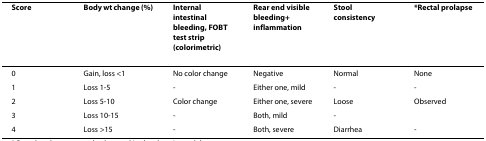
<table><thead><tr><td><b>Score</b></td><td><b>Body wt change (%)</b></td><td><b>Internal intestinal bleeding, FOBT test strip (colorimetric)</b></td><td><b>Rear end visible bleeding+ inflammation</b></td><td><b>Stool consistency</b></td><td><b>*Rectal prolapse</b></td></tr></thead><tbody><tr><td>0</td><td>Gain, loss &lt;1</td><td>No color change</td><td>Negative</td><td>Normal</td><td>None</td></tr><tr><td>1</td><td>Loss 1-5</td><td>-</td><td>Either one, mild</td><td>-</td><td>-</td></tr><tr><td>2</td><td>Loss 5-10</td><td>Color change</td><td>Either one, severe</td><td>Loose</td><td>Observed</td></tr><tr><td>3</td><td>Loss 10-15</td><td>-</td><td>Both, mild</td><td>-</td><td></td></tr><tr><td>4</td><td>Loss &gt;15</td><td>-</td><td>Both, severe</td><td>Diarrhea</td><td>-</td></tr></tbody></table>